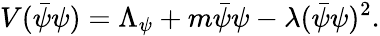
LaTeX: V(\bar{\psi}\psi)=\Lambda_{\psi}+m\bar{\psi}{\psi}-\lambda(\bar{\psi}\psi)^{2}.